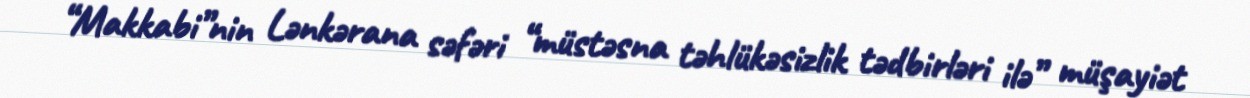
“Makkabi”nin Lənkərana səfəri “müstəsna təhlükəsizlik tədbirləri ilə” müşayiət